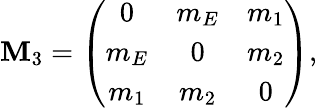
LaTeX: {\cal\mathbf{M}}_{3}=\left(\begin{array}{ccc}{{0}}&{{m_{E}}}&{{m_{1}}}\\ {{m_{E}}}&{{0}}&{{m_{2}}}\\ {{m_{1}}}&{{m_{2}}}&{{0}}\end{array}\right),